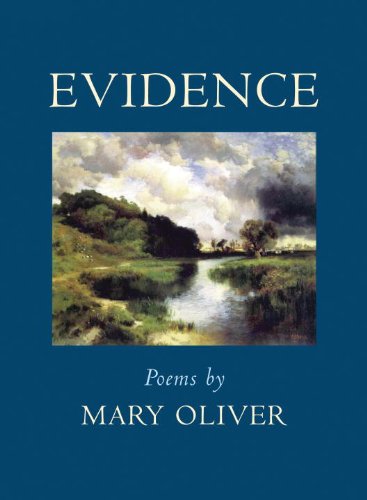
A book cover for Evidence: Poems; Mary Oliver; Literature & Fiction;